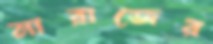
মারাজের